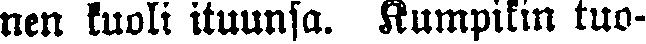
nen kuoli ituunsa. Kumpikin tuo-